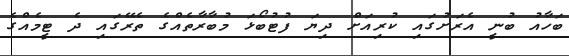
ބަހާއު ބުނީ އެރަށުގައި ކުރިއަށް ދިޔަ ފުޓުބޯޅަ މުބާރާތެއްގެ ތެރޭގައި ދެ ޓީމެއްގެ